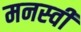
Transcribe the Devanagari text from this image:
मनस्‍वी